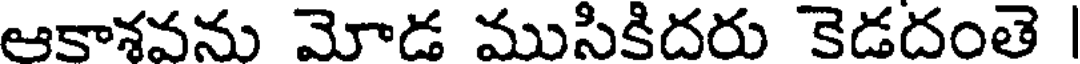
ఆకాశవను మోడ ముసికిదరు కెడదంతె